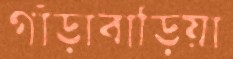
গাঁড়াবাড়িয়া